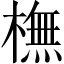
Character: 橅